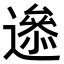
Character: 𨗘